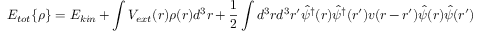
E _ { t o t } \{ \rho \} = E _ { k i n } + \int V _ { e x t } ( r ) \rho ( r ) d ^ { 3 } r + \frac 1 2 \int d ^ { 3 } r d ^ { 3 } r ^ { \prime } \hat { \psi } ^ { \dag } ( r ) \hat { \psi } ^ { \dag } ( r ^ { \prime } ) v ( r - r ^ { \prime } ) \hat { \psi } ( r ) \hat { \psi } ( r ^ { \prime } )